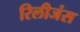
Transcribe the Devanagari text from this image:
रिलीजंस